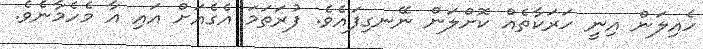
ހެއިލަން އިނީ ހަރަކާތެއް ކޮށްލަން ނޭނގިފައެވެ. ފުރަތަމަ އެގެއަށް އައި އާ މެހެމާނެވެ.